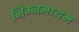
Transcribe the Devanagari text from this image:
निम्नमध्यम